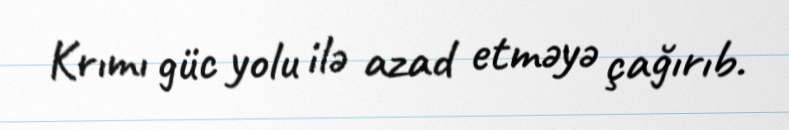
Krımı güc yolu ilə azad etməyə çağırıb.